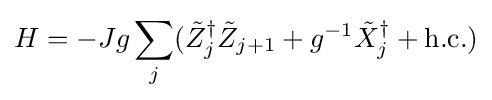
H=-Jg\sum _{j}({\tilde {Z}}_{j}^{\dagger }{\tilde {Z}}_{j+1}+g^{-1}{\tilde {X}}_{j}^{\dagger }+{\textrm {h.c.}})